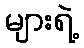
များရဲ့